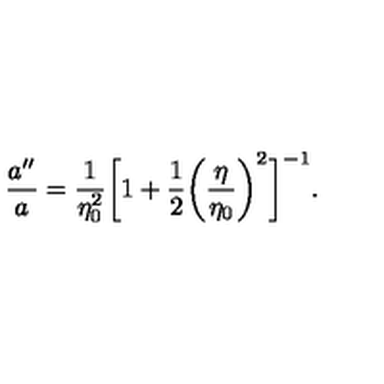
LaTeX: \frac { a ^ { \prime \prime } } { a } = \frac { 1 } { \eta _ { 0 } ^ { 2 } } \biggl [ 1 + \frac { 1 } { 2 } \biggl ( \displaystyle { \frac { \eta } { \eta _ { 0 } } } \biggr ) ^ { 2 } \biggr ] ^ { - 1 } .